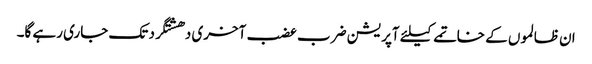
ان ظالموں کے خاتمے کیلئے آپریشن ضرب عضب آخری دھشتگرد تک جاری رہے گا۔